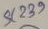
Text: 239